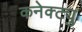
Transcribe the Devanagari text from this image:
कनेक्ट्यु